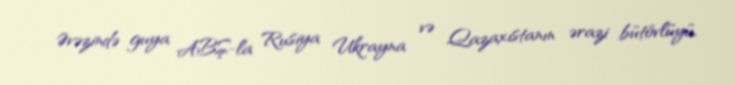
Əvəzində guya ABŞ-la Rusiya Ukrayna və Qazaxıstanın ərazi bütövlüyü,